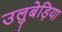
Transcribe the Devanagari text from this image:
उलुबेड़िया